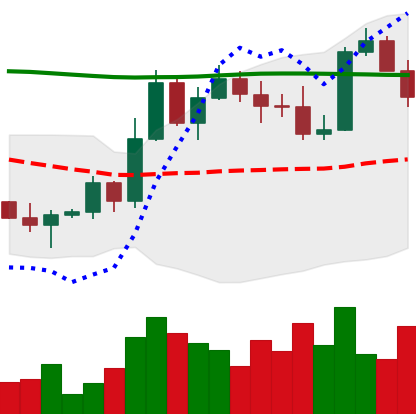
Ticker: BTC-USD
Chart end date: 2022-11-07
Forward return: -18.462%
Label: down_7plus